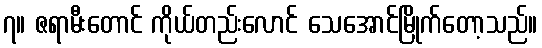
၇။ ဇရာမီးတောင် ကိုယ်တည်းလောင် သေအောင်မြိုက်တော့သည်။